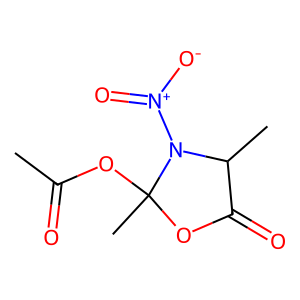
SMILES: CC(=O)OC1(C)OC(=O)C(C)N1[N+](=O)[O-]
Inhibits HIV replication: No